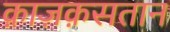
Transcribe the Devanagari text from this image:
क़ाज़क़सतान